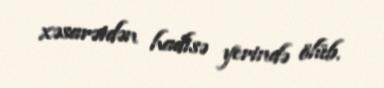
xəsarətdən hadisə yerində ölüb.